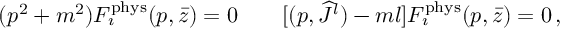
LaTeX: ( p ^ { 2 } + m ^ { 2 } ) F _ { \imath } ^ { \mathrm { p h y s } } ( p , \bar { z } ) = 0 \qquad [ ( p , { \widehat J } { } ^ { l } ) - m l ] F _ { \imath } ^ { \mathrm { p h y s } } ( p , \bar { z } ) = 0 \, ,